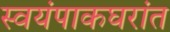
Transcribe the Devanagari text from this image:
स्वयंपाकघरांत